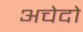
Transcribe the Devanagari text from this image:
अचेदो